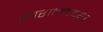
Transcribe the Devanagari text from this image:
स्वरानंदच्या